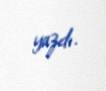
yazdı.